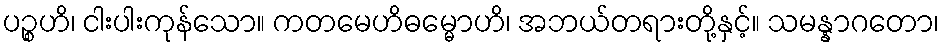
ပဉ္စဟိ၊ ငါးပါးကုန်သော။ ကတမေဟိဓမ္မောဟိ၊ အဘယ်တရားတို့နှင့်။ သမန္နာဂတော၊